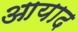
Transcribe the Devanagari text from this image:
आयाद